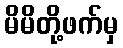
မိမိတို့ဖက်မှ